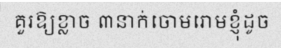
គួរឱ្យខ្លាច ៣នាក់ចោមរោមខ្ញុំដូច